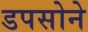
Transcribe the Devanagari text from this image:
डपसोने